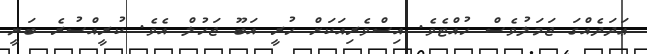
ޢަދަދެއްގަ ޖަމަލުވެސް ހުއްޓެވެ. އިސްވެރިއަކަށް ހުރީ އަބޫ ޖަހުލް އެވެ. ކުރީއްސުރެ ބަނީ